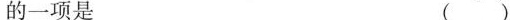
的一项是()